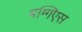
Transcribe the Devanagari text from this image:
बग्गिएस